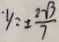
\cdot y = \pm \frac { 2 \sqrt { 7 } } { 7 }